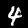
Label: 4